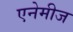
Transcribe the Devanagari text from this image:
एनेमीज